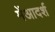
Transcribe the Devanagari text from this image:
मेंआदर्श